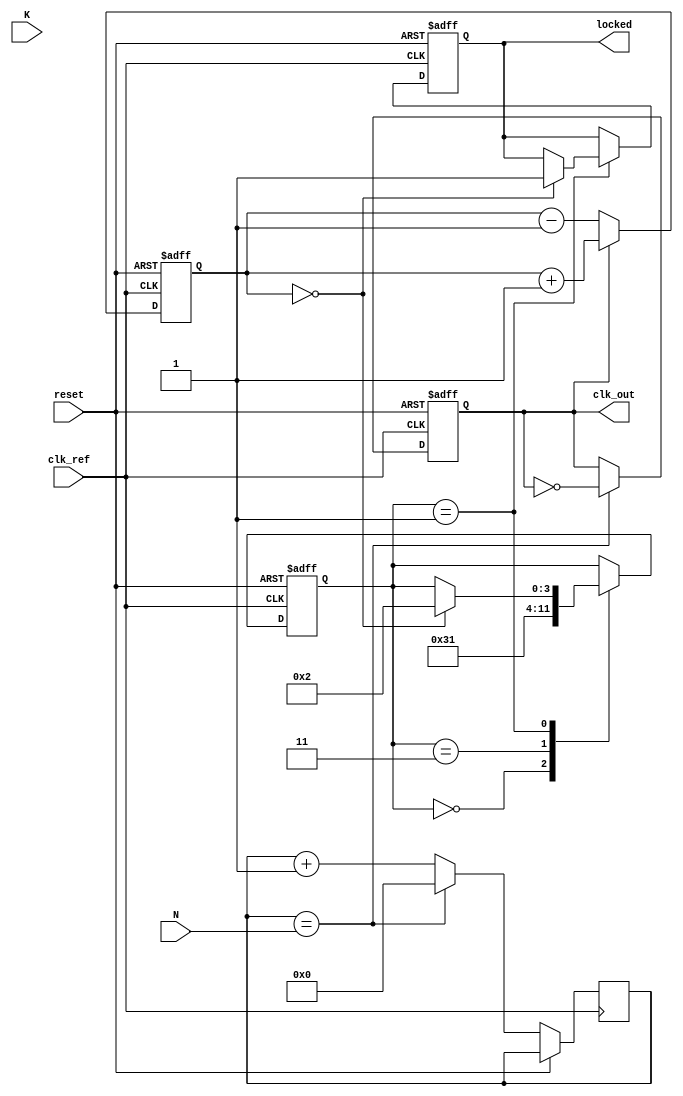
module integer_n_pll (
    input wire clk_ref,           // Reference clock input
    input wire reset,             // Reset signal
    input wire [7:0] N,           // Divider value for input clock
    input wire [7:0] K,           // Loop filter gain
    output reg clk_out,           // Output clock signal
    output reg locked             // Lock status signal
);

    // Internal signals
    reg [7:0] phase_error;        // Phase error signal
    reg [7:0] vco_control;        // Control voltage for VCO
    reg [7:0] vco_freq;           // VCO frequency output
    reg [7:0] divider_count;      // Counter for dividers
    reg [7:0] memory_block [0:15]; // Memory blocks for configuration
    reg [3:0] state;              // State variable for control logic

    // State encoding
    localparam IDLE = 4'b0000,
               LOCKING = 4'b0001,
               LOCKED = 4'b0010,
               CONFIGURE = 4'b0011;

    // Phase Detector (PD)
    always @(posedge clk_ref or posedge reset) begin
        if (reset) begin
            phase_error <= 0;
        end else begin
            // Simple phase detection logic
            // Compare reference clock with output clock
            if (clk_out) begin
                phase_error <= phase_error + 1; // Increment phase error
            end else begin
                phase_error <= phase_error - 1; // Decrement phase error
            end
        end
    end

    // Loop Filter (LF)
    always @(posedge clk_ref or posedge reset) begin
        if (reset) begin
            vco_control <= 0;
        end else begin
            // Simple first-order loop filter
            vco_control <= vco_control + (phase_error / K);
        end
    end

    // Voltage-Controlled Oscillator (VCO)
    always @(posedge clk_ref or posedge reset) begin
        if (reset) begin
            vco_freq <= 0;
            clk_out <= 0;
        end else begin
            // Generate output clock based on control voltage
            vco_freq <= vco_control; // Assume control voltage directly sets frequency
            clk_out <= (divider_count == N) ? ~clk_out : clk_out; // Toggle output clock
            divider_count <= (divider_count == N) ? 0 : divider_count + 1; // Count for divider
        end
    end

    // Control Logic
    always @(posedge clk_ref or posedge reset) begin
        if (reset) begin
            state <= IDLE;
            locked <= 0;
        end else begin
            case (state)
                IDLE: begin
                    // Initialization
                    state <= CONFIGURE;
                end
                CONFIGURE: begin
                    // Configuration phase
                    // Load memory blocks or settings if needed
                    state <= LOCKING;
                end
                LOCKING: begin
                    // Check for lock condition
                    if (phase_error == 0) begin
                        locked <= 1; // PLL is locked
                        state <= LOCKED;
                    end
                end
                LOCKED: begin
                    // PLL is locked, maintain state
                    // Additional logic can be added here
                end
            endcase
        end
    end

    // Memory Blocks (for configuration)
    initial begin
        // Initialize memory blocks with some default values
        memory_block[0] = 8'h01; // Example value
        memory_block[1] = 8'h02; // Example value
        // ... Initialize other memory blocks as needed
    end

endmodule